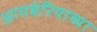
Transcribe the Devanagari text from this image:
आयबेरियाच्या